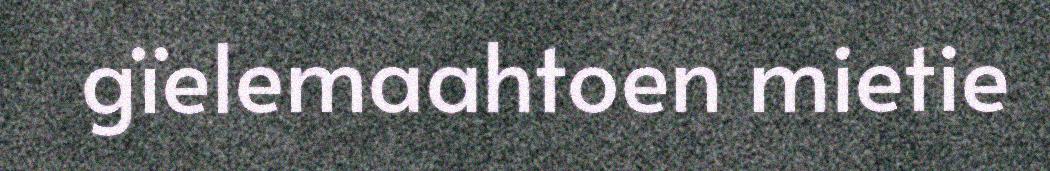
gïelemaahtoen mietie